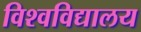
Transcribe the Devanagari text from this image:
विश्‍वविद्यालय